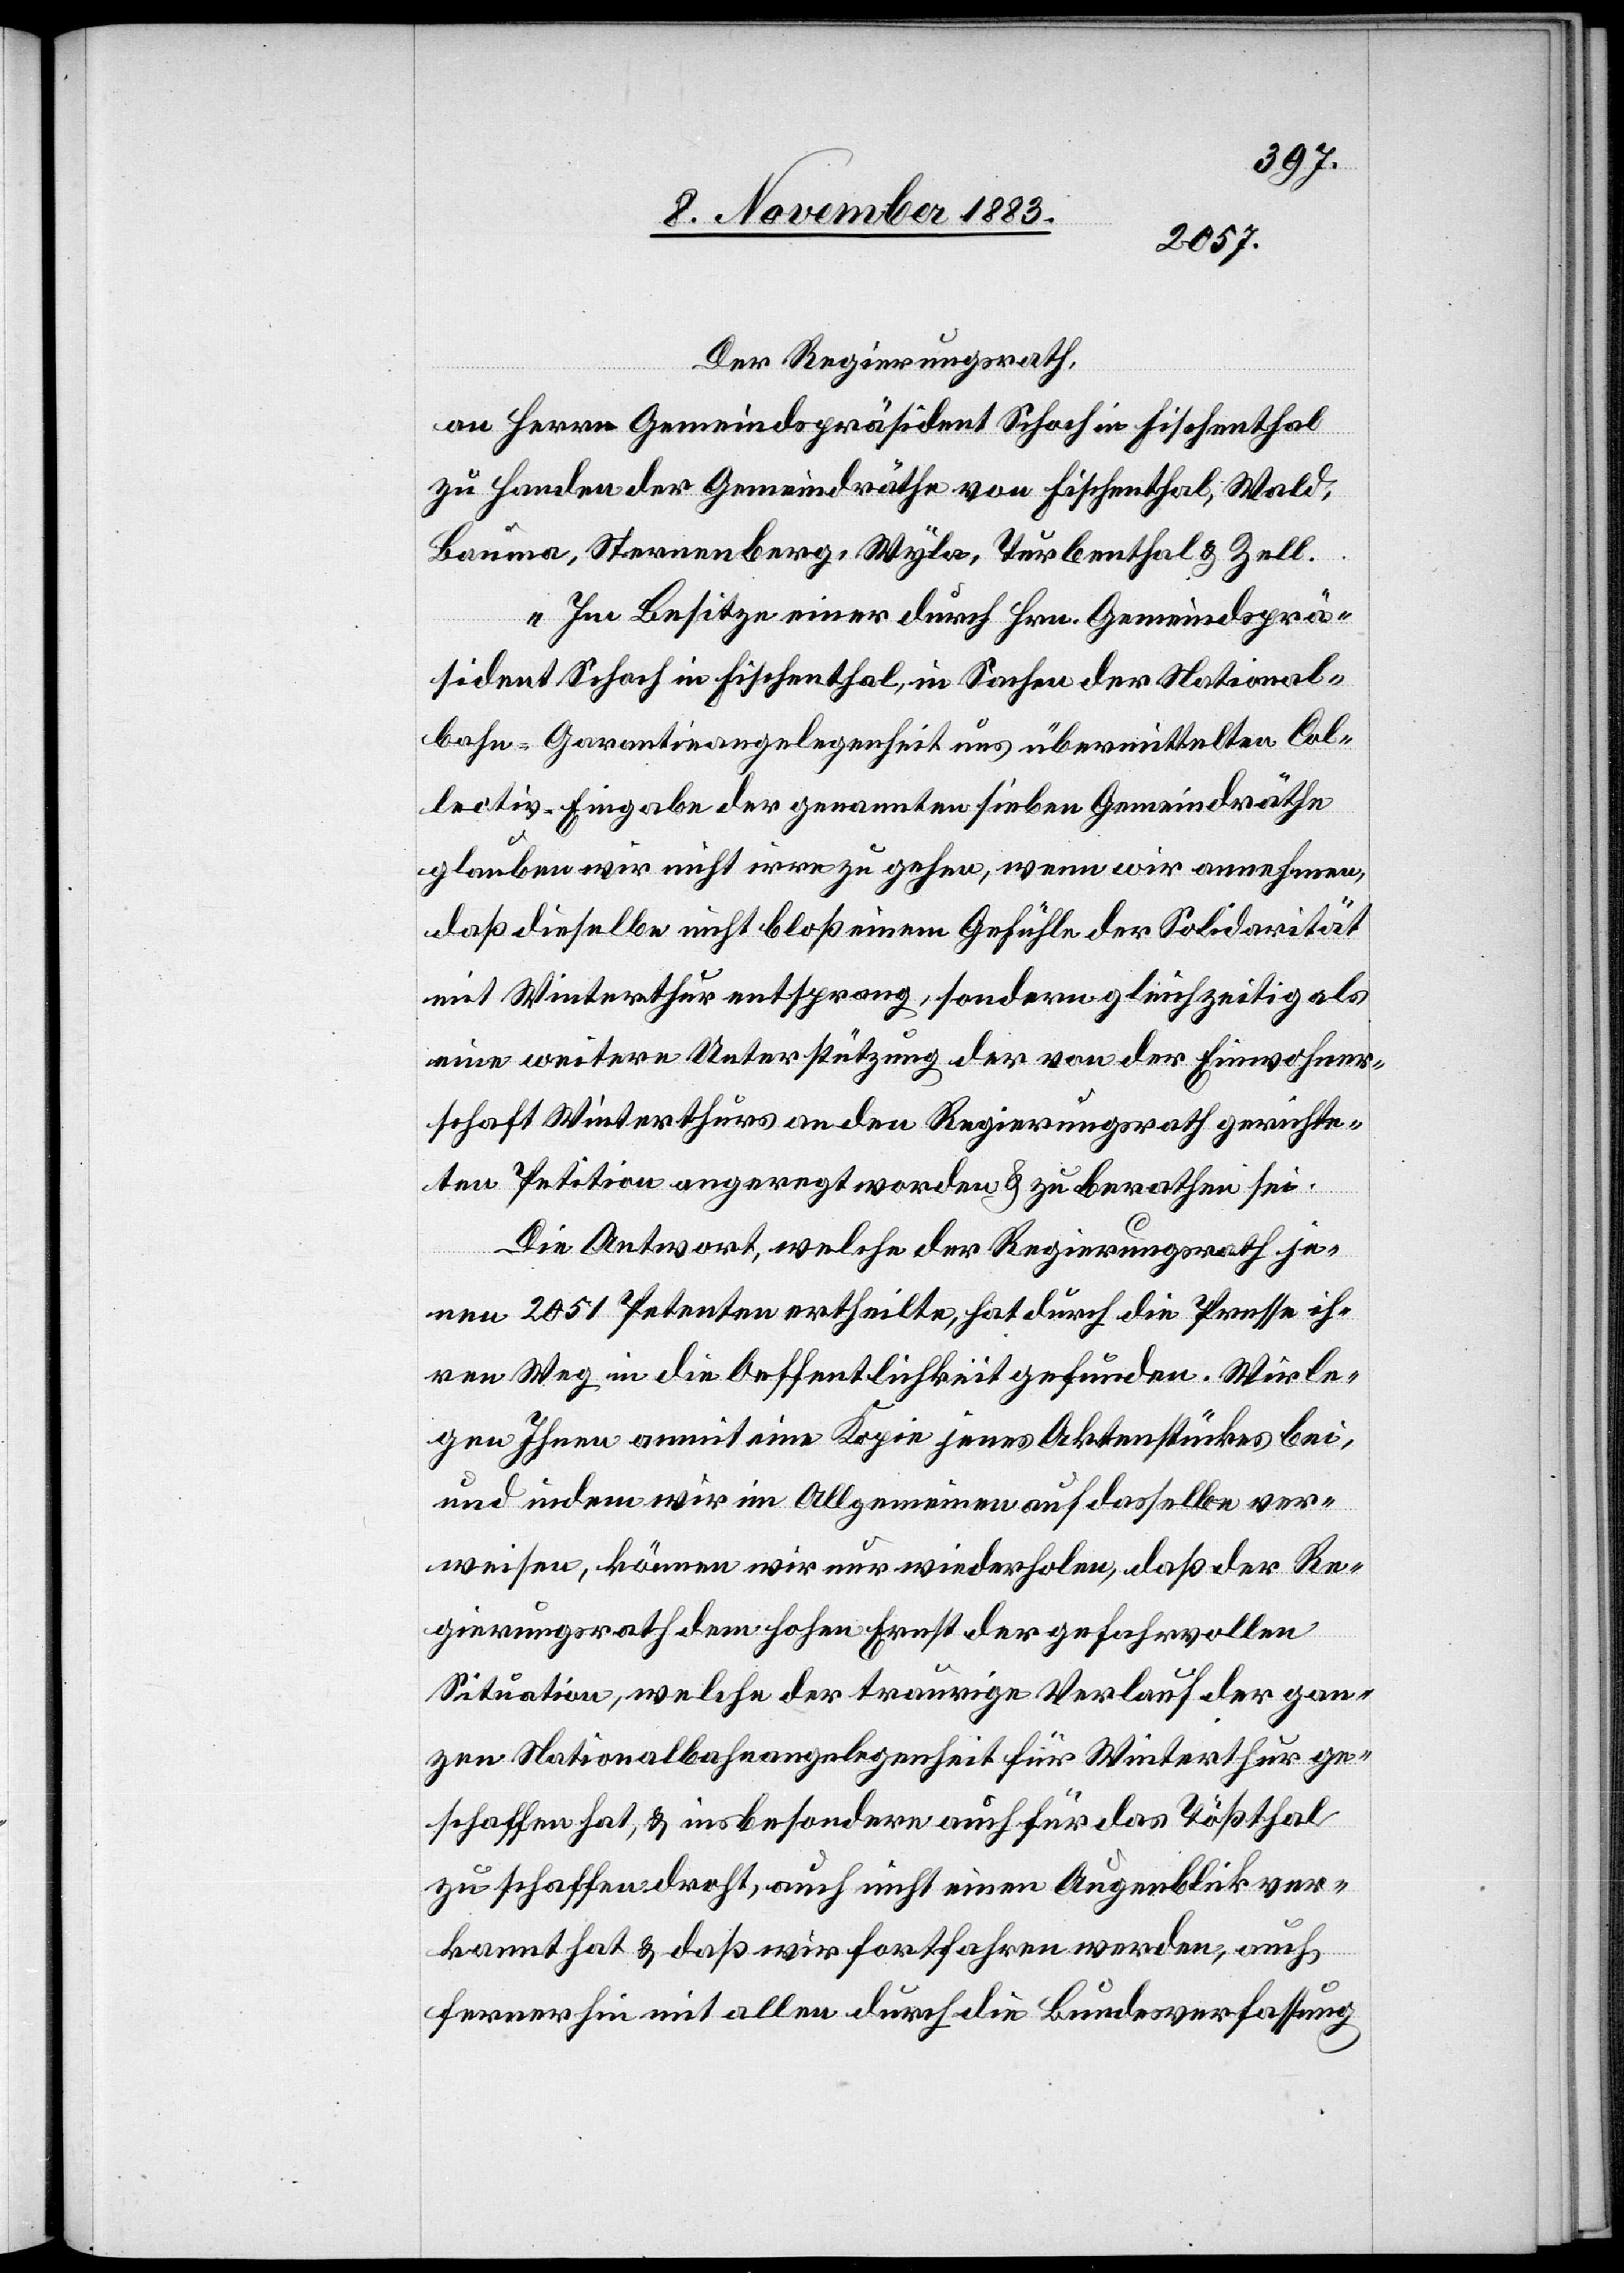
Der Regierungsrath,
an Herrn Gemeindspräsident Schoch in Fischenthal
zu Handen der Gemeindräthe von Fischenthal, Wald,
Bauma, Sternenberg, Wyla, Turbenthal & Zell.
„Im Besitze einer durch Hrn. Gemeindsprä¬
sident Schoch in Fischenthal, in Sachen der National¬
bahn-Garantieangelegenheit uns übermittelten Col¬
lectiv-Eingabe der genannten sieben Gemeindräthe
glauben wir nicht irre zu gehen, wenn wir annehmen,
daß dieselbe nicht bloß einem Gefühle der Solidarität
mit Winterthur entsprang, sondern gleichzeitig als
eine weitere Unterstützung der von der Einwohner¬
schaft Winterthurs an den Regierungsrath gerichte¬
ten Petition angeregt worden & zu berathen sei.
Die Antwort, welche der Regierungsrath je¬
nen 2051 Petenten ertheilte, hat durch die Presse ih¬
ren Weg in die Oeffentlichkeit gefunden. Wir le¬
gen Ihnen anmit eine Kopie jenes Aktenstückes bei,
und indem wir im Allgemeinen auf dasselbe ver¬
weisen, können wir nur wiederholen, daß der Re¬
gierungsrath dem hohen Ernst der gefahrvollen
Situation, welche der traurige Verlauf der gan¬
zen Nationalbahnangelegenheit für Winterthur ge¬
schaffen hat, & insbesondere auch für das Tößthal
zu schaffen droht, auch nicht einen Augenblick ver¬
kannt hat & daß wir fortfahren werden, auch
fernerhin mit allen durch die Bundesverfassung